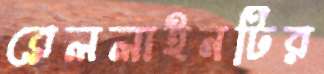
রেললাইনটির